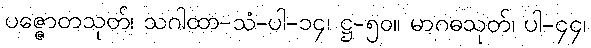
ပဇ္ဇောတသုတ်၊ သဂါထာ-သံ-ပါ-၁၄၊ ဋ္ဌ-၅၀။ မာဂဓသုတ်၊ ပါ-၄၄၊